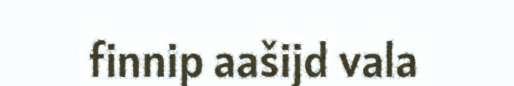
finnip aašijd vala